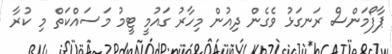
ޕާފޯމަންސް ރަނގަޅު ވެގެން ދިއުން މިހާރު ގައުމީ ޓީމު މަސައްކަތް މި ކުރާ